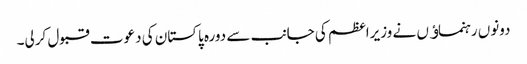
دونوں رہنماﺅں نے وزیراعظم کی جانب سے دورہ پاکستان کی دعوت قبول کرلی۔